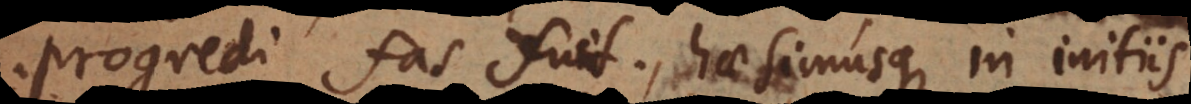
progredi fas fuit, haesimusque in initiis